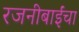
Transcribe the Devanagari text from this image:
रजनीबाईंचा